Sketch of the medical history of the native army of Bombay, for the year
Year: 1872
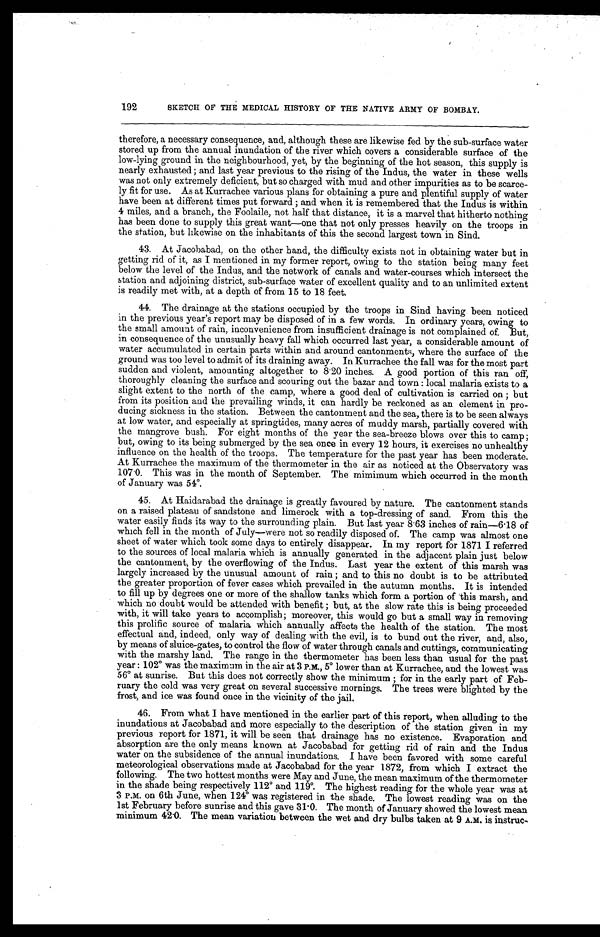
SKETCH OF THE MEDICAL HISTORY OF THE NATIVE ARMY OF BOMBAY.
therefore, a necessary consequence, and, although these are likewise fed by the sub-surface water
stored up from the annual inundation of the river which covers a considerable surface of the
low-lying ground in the neighbourhood, yet, by the beginning of the hot season, this supply is
nearly exhausted; and last year previous to the rising of the Indus, the water in these wells
was not only extremely deficient, but so charged with mud and other impurities as to be scarce-
ly fit for use. As at Kurrachee various plans for obtaining a pure and plentiful supply of water
have been at different times put forward; and when it is remembered that the Indus is within
4 miles, and a branch, the Foolaile, not half that distance, it is a marvel that hitherto nothing
has been done to supply this great want—one that not only presses heavily on the troops in
the station, but likewise on the inhabitants of this the second largest town in Sind.
43. At Jacobabad, on the other hand, the difficulty exists not in obtaining water but in
getting rid of it, as I mentioned in my former report, owing to the station being many feet
below the level of the Indus, and the network of canals and water-courses which intersect the
station and adjoining district, sub-surface water of excellent quality and to an unlimited extent
is readily met with, at a depth of from 15 to 18 feet.
44. The drainage at the stations occupied by the troops in Sind having been noticed
in the previous year's report may be disposed of in a few words. In ordinary years, owing to
the small amount of rain, inconvenience from insufficient drainage is not complained of. But,
in consequence of the unusually heavy fall which occurred last year, a considerable amount of
water accumulated in certain parts within and around cantonments, where the surface of the
ground was too level to admit of its draining away. In Kurrachee the fall was for the most part
sudden and violent, amounting altogether to 8 .20 inches. A good portion of this ran off,
thoroughly cleaning the surface and scouring out the bazar and town: local malaria exists to a
slight extent to the north of the camp, where a good deal of cultivation is carried on; but
from its position and the prevailing winds, it can hardly be reckoned as an element in pro-
ducing sickness in the station. Between the cantonment and the sea, there is to be seen always
at low water, and especially at springtides, many acres of muddy marsh, partially covered with
the mangrove bush. For eight months of the year the sea-breeze blows over this to camp;
but, owing to its being submerged by the sea once in every 12 hours, it exercises no unhealthy
influence on the health of the troops. The temperature for the past year has been moderate.
At Kurrachee the maximum of the thermometer in the air as noticed at the Observatory was
107 .0. This was in the month of September. The minimum which occurred in the month
of January was 54°.
45. At Haidarabad the drainage is greatly favoured by nature. The cantonment stands
on a raised plateau of sandstone and limerock with a top-dressing of sand. From this the
water easily finds its way to the surrounding plain. But last year 8 .63 inches of rain—6 .18 of
which fell in the month of July—were not so readily disposed of. The camp was almost one
sheet of water which took some days to entirely disappear. In my report for 1871 I referred
to the sources of local malaria which is annually generated in the adjacent plain just below
the cantonment, by the overflowing of the Indus. Last year the extent of this marsh was
largely increased by the unusual amount of rain; and to this no doubt is to be attributed
the greater proportion of fever cases which prevailed in the autumn months. It is intended
to fill up by degrees one or more of the shallow tanks which form a portion of this marsh, and
which no doubt would be attended with benefit; but, at the slow rate this is being proceeded
with, it will take years to accomplish; moreover, this would go but a small way in removing
this prolific source of malaria which annually affects the health of the station. The most
effectual and, indeed, only way of dealing with the evil, is to bund out the river, and, also,
by means of sluice-gates, to control the flow of water through canals and cuttings, communicating
with the marshy land. The range in the thermometer has been less than usual for the past
year: 102° was the maximum in the air at 3 P.M., 5° lower than at Kurrachee, and the lowest was
56° at sunrise. But this does not correctly show the minimum; for in the early part of Feb-
ruary the cold was very great on several successive mornings. The trees were blighted by the
frost, and ice was found once in the vicinity of the jail.
46. From what I have mentioned in the earlier part of this report, when alluding to the
inundations at Jacobabad and more especially to the description of the station given in my
previous report for 1871, it will be seen that drainage has no existence. Evaporation and
absorption are the only means known at Jacobabad for getting rid of rain and the Indus
water on the subsidence of the annual inundations. I have been favored with some careful
meteorological observations made at Jacobabad for the year 1872, from which I extract the
following. The two hottest months were May and June, the mean maximum of the thermometer
in the shade being respectively 112° and 119°. The highest reading for the whole year was at
3 P.M. on 6th June, when 124° was registered in the shade. The lowest reading was on the
1st February before sunrise and this gave 31 . 0. The month of January showed the lowest mean
minimum 42.0. The mean variation between the wet and dry bulbs taken at 9 A.M. is instruc-
.
192